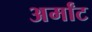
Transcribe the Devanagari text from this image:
अर्मांट